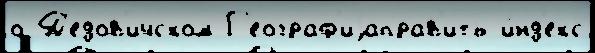
о Д'едов'ичском Г'еограф'иjаправ'ить и́нд'екс